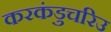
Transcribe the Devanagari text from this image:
करकंडुचरिउ